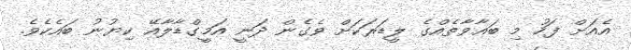
އެއަށް ފަހު މި ބަޣާވާތެއްގެ ލީޑަރަކަށް ވެގެން ދަނީ އަމީގްޑާލާއޭ ކިޔުނު ބައެކެވެ.